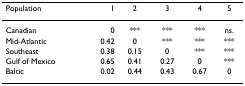
<table><thead><tr><td><b>Population</b></td><td><b>1</b></td><td><b>2</b></td><td><b>3</b></td><td><b>4</b></td><td><b>5</b></td></tr></thead><tbody><tr><td>Canadian</td><td>0</td><td>***</td><td>***</td><td>***</td><td>ns.</td></tr><tr><td>Mid-Atlantic</td><td>0.42</td><td>0</td><td>***</td><td>***</td><td>***</td></tr><tr><td>Southeast</td><td>0.38</td><td>0.15</td><td>0</td><td>***</td><td>***</td></tr><tr><td>Gulf of Mexico</td><td>0.65</td><td>0.41</td><td>0.27</td><td>0</td><td>***</td></tr><tr><td>Baltic</td><td>0.02</td><td>0.44</td><td>0.43</td><td>0.67</td><td>0</td></tr></tbody></table>